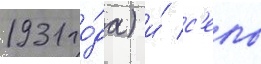
1931 го́да) и́ с'ело